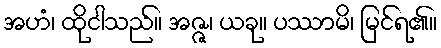
အဟံ၊ ထိုငါသည်။ အဇ္ဇ၊ ယခု။ ပဿာမိ၊ မြင်ရ၏။